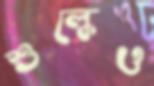
শুল্কেও